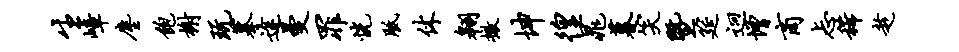
生嶂尘饱榭玩摹途曼罪恍胝休翱撤坤徨晁暮笑暨筵迥增商忐稀趁